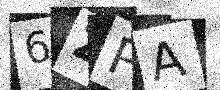
Text: 6ZPA